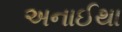
અનાઈથા